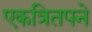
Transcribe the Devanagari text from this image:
एकत्रितपने